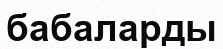
бабаларды